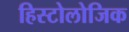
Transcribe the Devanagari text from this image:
हिस्टोलोजिक